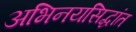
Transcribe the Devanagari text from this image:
अभिनयसिद्धांत